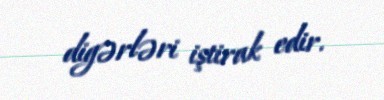
digərləri iştirak edir.